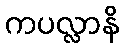
ကပလ္လာနိ